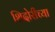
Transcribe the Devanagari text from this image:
शिदोरीच्या